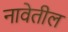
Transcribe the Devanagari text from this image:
नावेतील